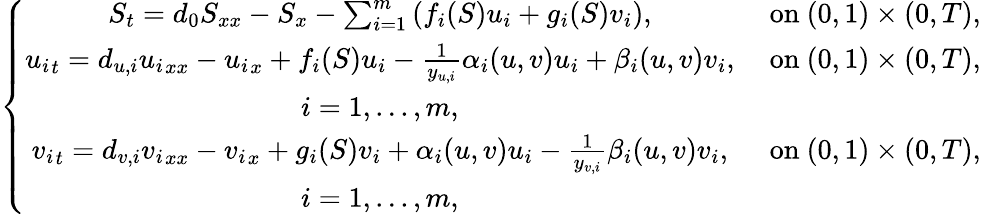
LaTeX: \left\{ \begin{array}{cc}{S_{t}=d_{0}S_{xx}-S_{x}-\sum_{i=1}^{m}\left(f_{i}(S)u_{i}+g_{i}(S)v_{i}\right),}&{\mathrm{~on~}(0,1)\times(0,T),}\\ {{u_{i}}_{t}=d_{u,i}{u_{i}}_{xx}-{u_{i}}_{x}+f_{i}(S)u_{i}-\frac{1}{y_{u,i}}\alpha_{i}(u,v)u_{i}+\beta_{i}(u,v)v_{i},}&{\mathrm{~on~}(0,1)\times(0,T),}\\ {i=1,...,m,}&\\ {{v_{i}}_{t}=d_{v,i}{v_{i}}_{xx}-{v_{i}}_{x}+g_{i}(S)v_{i}+\alpha_{i}(u,v)u_{i}-\frac{1}{y_{v,i}}\beta_{i}(u,v)v_{i},}&{\mathrm{~on~}(0,1)\times(0,T),}\\ {i=1,...,m,}&\end{array}\right.